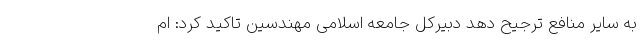
به سایر منافع ترجیح دهد دبیرکل جامعه اسلامی مهندسین تاکید کرد: ام